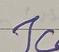
Signature authenticity: forged